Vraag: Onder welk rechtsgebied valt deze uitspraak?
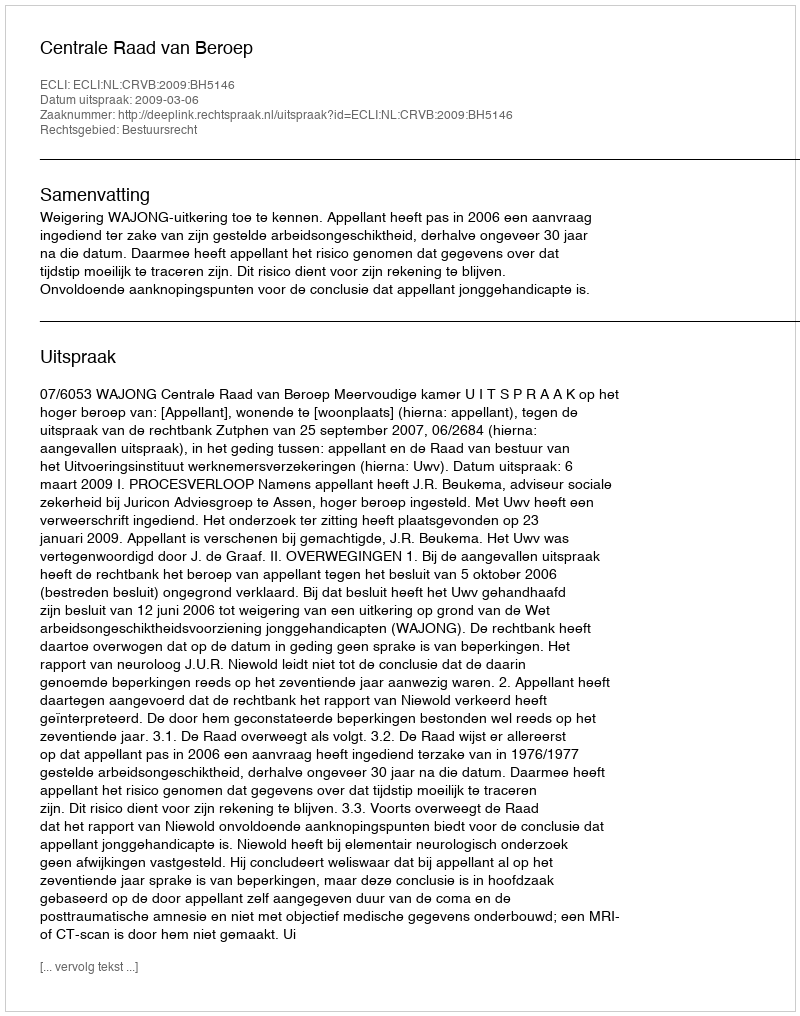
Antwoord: Bestuursrecht